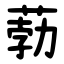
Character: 葧